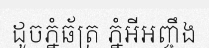
ដូចភ្នំឆ័ត្រ ភ្នំអីអញ្ចឹង